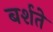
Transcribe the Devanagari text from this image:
बर्शते